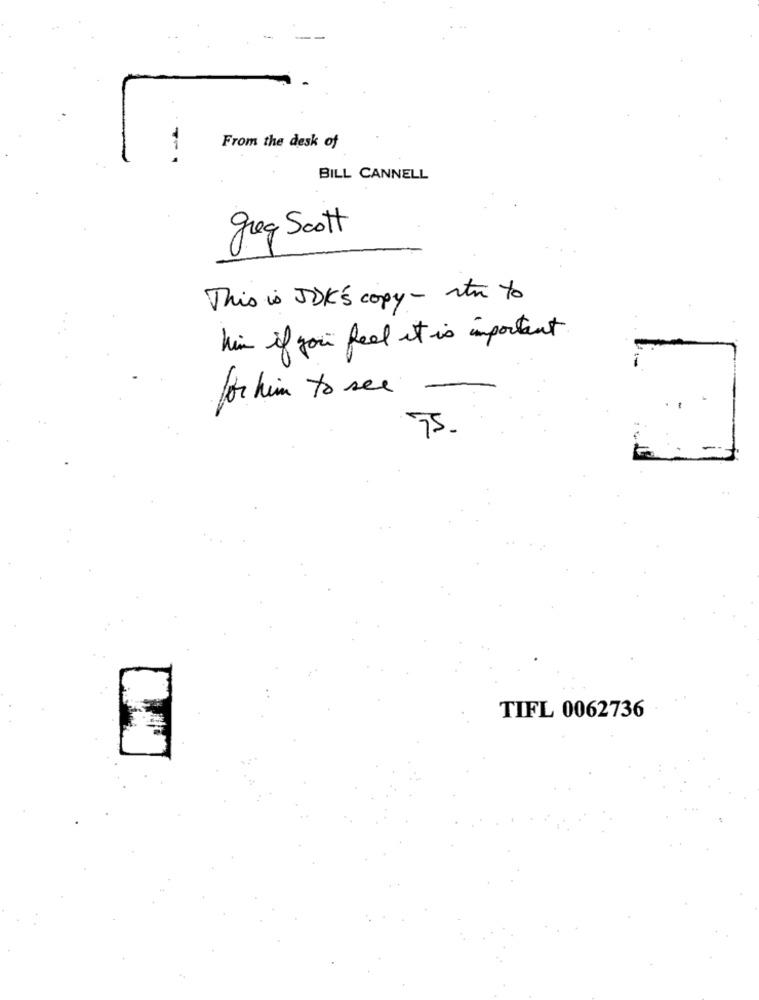
--
From the desk of
BILL CANNELL
greg Scott
This is JDK's copy - tn to
him if you feel it is important
for him to see
75.
TIFL 0062736